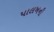
પાલખની